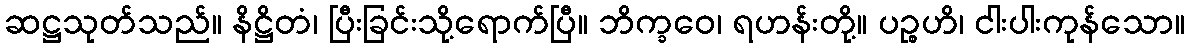
ဆဋ္ဌသုတ်သည်။ နိဋ္ဌိတံ၊ ပြီးခြင်းသို့ရောက်ပြီ။ ဘိက္ခဝေ၊ ရဟန်းတို့။ ပဉ္စဟိ၊ ငါးပါးကုန်သော။